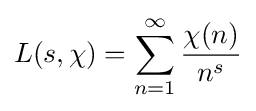
L(s,\chi )=\sum _{n=1}^{\infty }{\frac {\chi (n)}{n^{s}}}